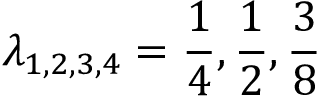
\lambda _ { 1 , 2 , 3 , 4 } = \frac { 1 } { 4 } , \frac { 1 } { 2 } , \frac { 3 } { 8 }